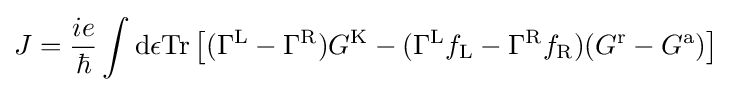
J={\frac {ie}{\hbar }}\int \mathrm {d} \epsilon \mathrm {Tr} \left[(\Gamma ^{\mathrm {L} }-\Gamma ^{\mathrm {R} })G^{\mathrm {K} }-(\Gamma ^{\mathrm {L} }f_{\mathrm {L} }-\Gamma ^{\mathrm {R} }f_{\mathrm {R} })(G^{\mathrm {r} }-G^{\mathrm {a} })\right]